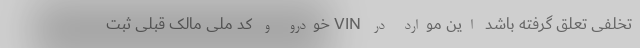
تخلفی تعلق گرفته باشد این موارد در VIN خودرو و کد ملی مالک قبلی ثبت